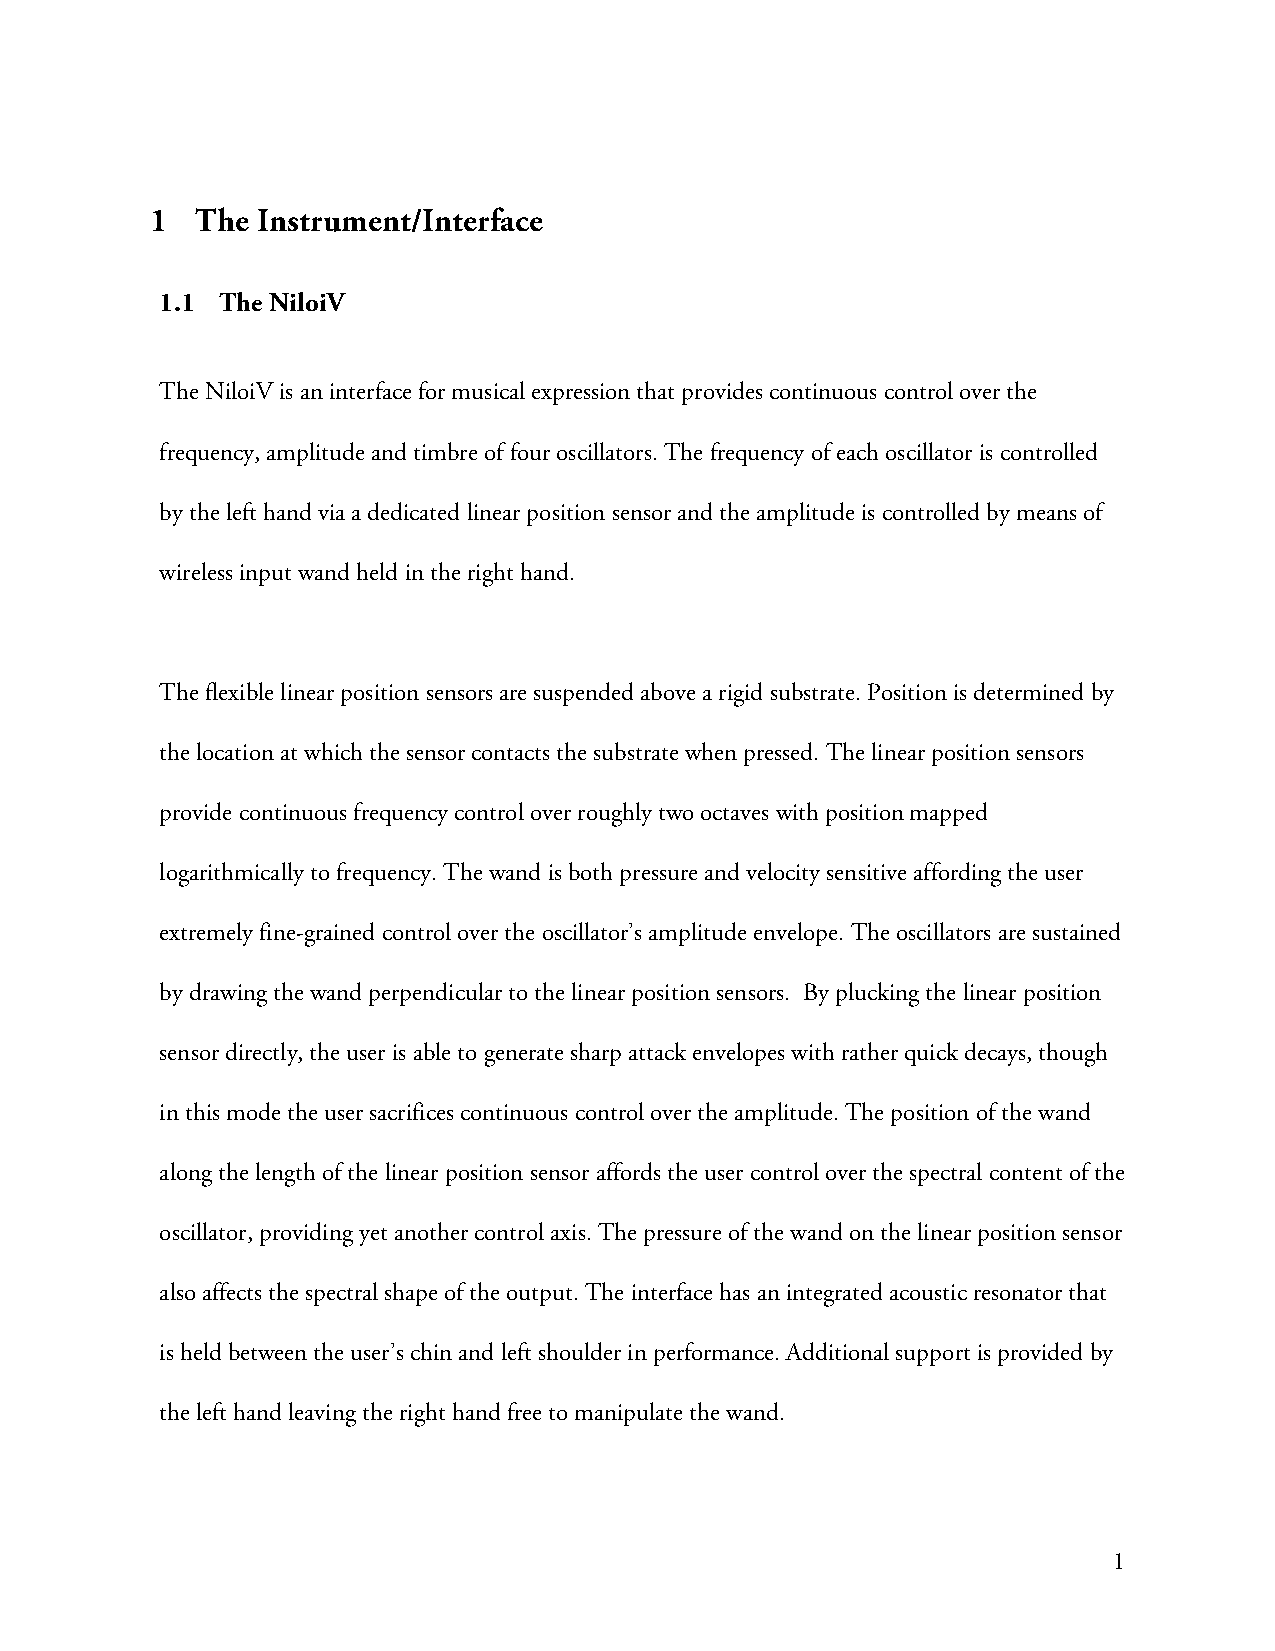
1  The Instrument/Interface
 1.1 The NiloiV
 The NiloiV is an interface for musical expression that provides continuous control over the
 frequency, amplitude and timbre of four oscillators. The frequency of each oscillator is controlled
 by the left hand via a dedicated linear position sensor and the amplitude is controlled by means of
 wireless input wand held in the right hand.
 The flexible linear position sensors are suspended above a rigid substrate. Position is determined by
 the location at which the sensor contacts the substrate when pressed. The linear position sensors
 provide continuous frequency control over roughly two octaves with position mapped
 logarithmically to frequency. The wand is both pressure and velocity sensitive affording the user
 extremely fine-grained control over the oscillator’s amplitude envelope. The oscillators are sustained
 by drawing the wand perpendicular to the linear position sensors. By plucking the linear position
 sensor directly, the user is able to generate sharp attack envelopes with rather quick decays, though
 in this mode the user sacrifices continuous control over the amplitude. The position of the wand
 along the length of the linear position sensor affords the user control over the spectral content of the
 oscillator, providing yet another control axis. The pressure of the wand on the linear position sensor
 also affects the spectral shape of the output. The interface has an integrated acoustic resonator that
 is held between the user’s chin and left shoulder in performance. Additional support is provided by
 the left hand leaving the right hand free to manipulate the wand.
 1